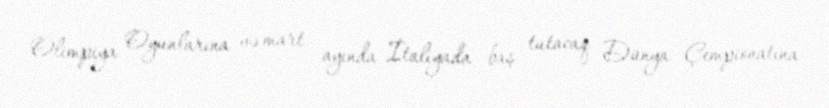
Olimpiya Oyunlarına və mart ayında İtaliyada baş tutacaq Dünya Çempionatına